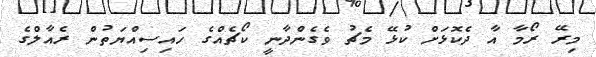
މިރޭ ރޯމާ އާ ދެކޮޅަށް ކުޅޭ މެޗު ވެގެންދާނީ ކޯޗެއްގެ ހައިިސިއްޔަތުން ރެއާލްގެ